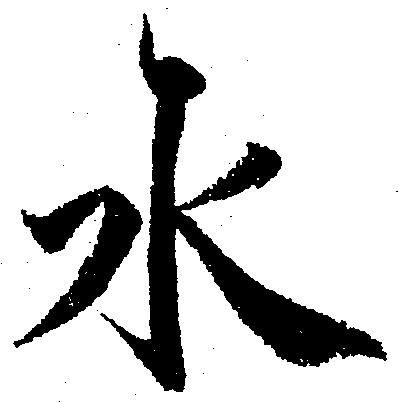
水